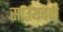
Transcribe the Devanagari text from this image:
साउथवर्क